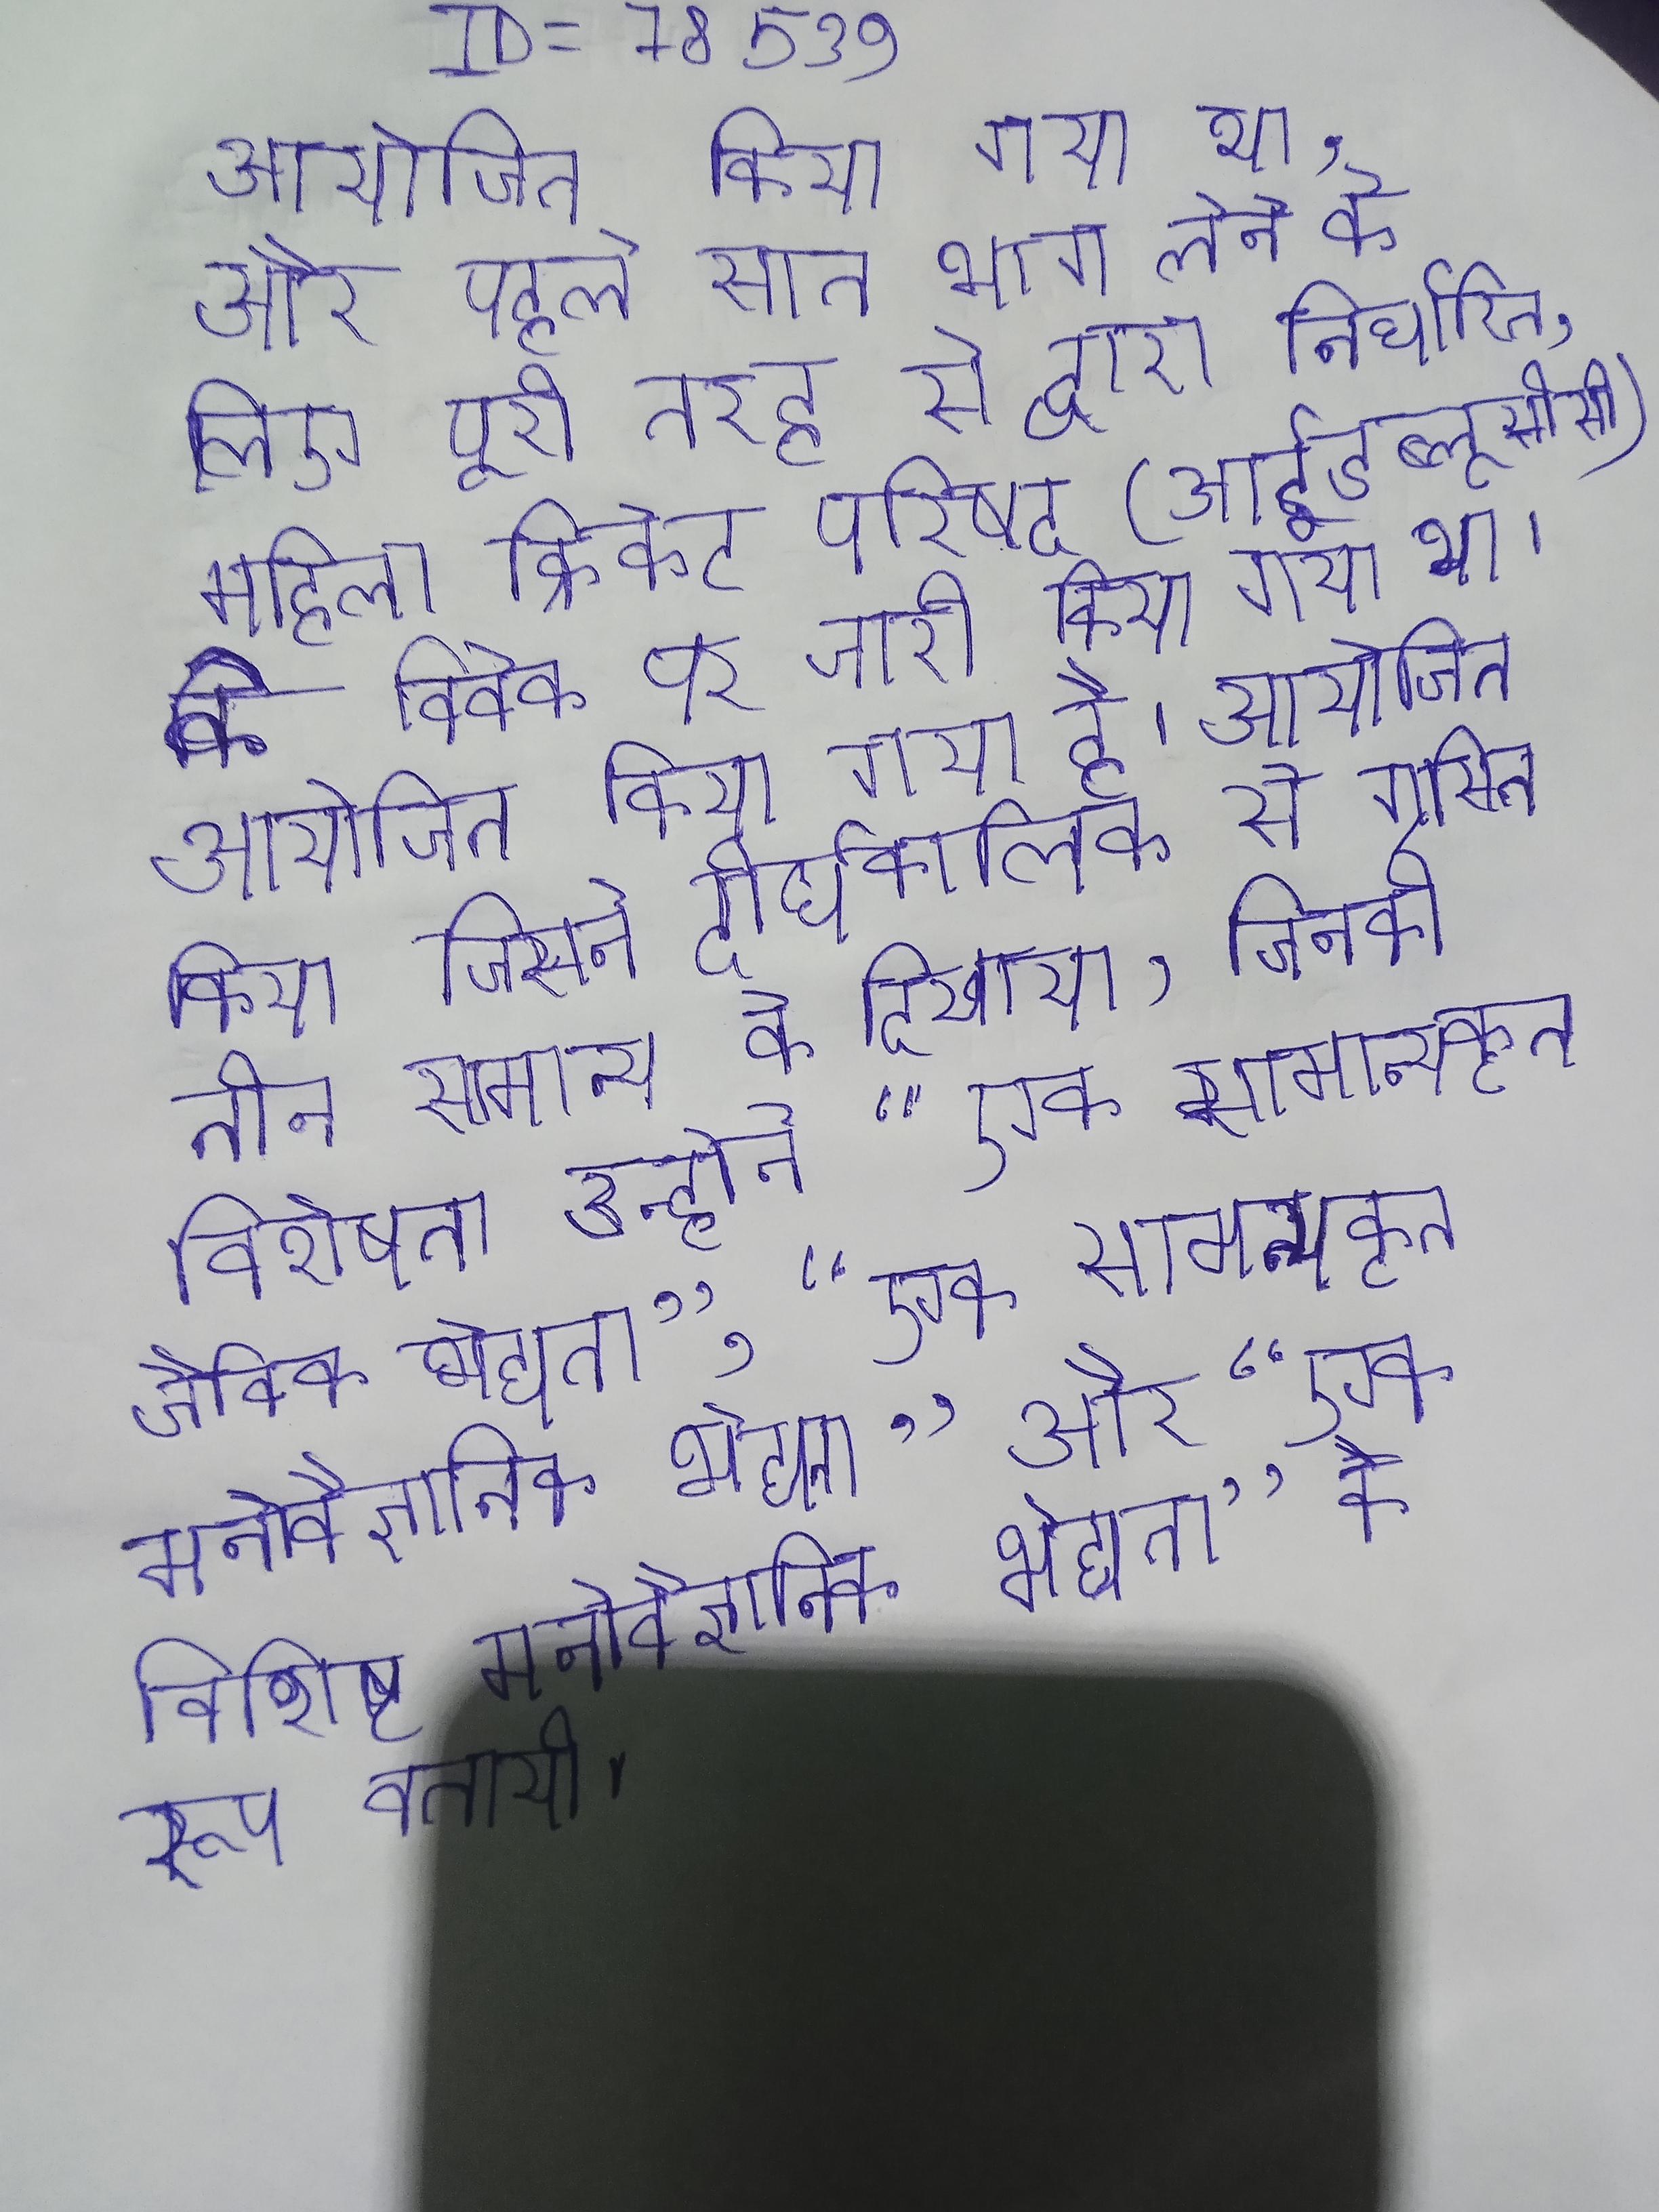
आयोजित किया गया था, और पहले सात भाग लेने के लिए पूरी तरह से द्वारा निर्धारित, महिला क्रिकेट परिषद (आईडब्लूसीसी) के विवेक पर जारी किया गया था । आयोजित किया गया है । आयोजित किया जिसने दीर्घकालिक से ग्रसित तीन सामान्य को दिखाया, जिनकी विशेषता उन्होने "एक सामान्यकृत जैविक भेद्यता", "एक सामान्यकृत मनोवैज्ञानिक भेद्यता" और "एक विशिष्ट मनोवैज्ञानिक भेद्यता" के रूप बतायी ।